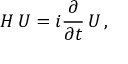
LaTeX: H \, { \cal U } = i { \frac { \partial } { \partial t } } \, { \cal U } \, ,